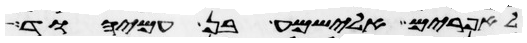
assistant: לאפרים אלישמע בן עמיהוד